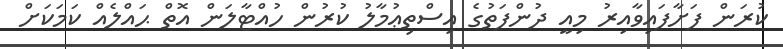
ކުރަން ފަށާފައިވާއިރު މިއީ ދުންފަތުގެ އިސްތިޢުމާލު ކުރުން ހުއްޓާލަން އޮތް ޙައްލެއް ކަމަކަށް